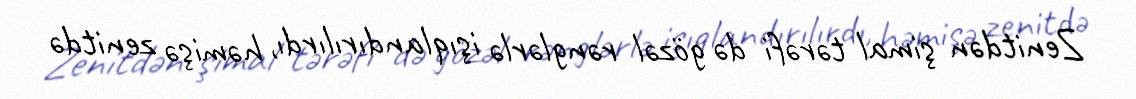
Zenitdən şimal tərəfi də gözəl rənglərlə işıqlandırılırdı, həmişə zenitdə